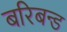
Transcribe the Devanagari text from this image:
बरिबन्ड